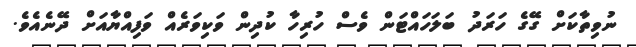
ނުވިތާކަށް ގޭގެ ހަރަދު ބަލަހައްޓަން ވެސް ހުރިހާ ކުދިން ވަކިވަރެއް ވަފިއްޔާއަށް ދޭނެއެވެ.